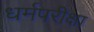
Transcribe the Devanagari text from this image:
धर्मपरीक्षा